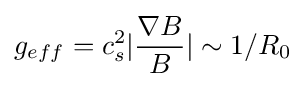
g_{eff}=c_{s}^{2}|{\frac {\nabla B}{B}}|\sim 1/R_{0}